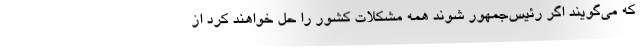
که می‌گویند اگر رئیس‌جمهور شوند همه مشکلات کشور را حل خواهند کرد از